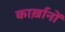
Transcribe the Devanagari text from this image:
कार्ख़ानों